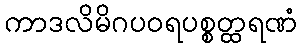
ကာဒလိမိဂပဝရပစ္စတ္ထရဏံ